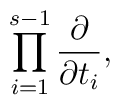
\prod_{i=1}^{s-1}\frac{\partial}{\partial t_{i}},